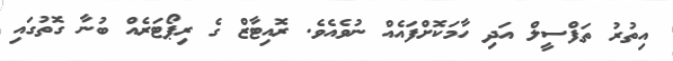
އިތުރު ތަފްސީލް އަދި ހާމަކޮށްފައެއް ނުވެއެވެ. ރޮއިޓާޒް ގެ ރިޕޯޓަރެއް ބުނާ ގޮތުގައި